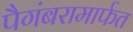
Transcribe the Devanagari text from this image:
पैगंबरामार्फत